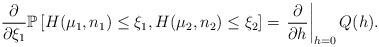
\begin{align*}\frac{\partial}{\partial\xi_1}\mathbb{P}\left[H(\mu_1,n_1)\le\xi_1,H(\mu_2,n_2)\le\xi_2\right]=\left.\frac{\partial}{\partial h}\right|_{h=0}Q(h).\end{align*}